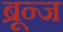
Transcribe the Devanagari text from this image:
ब्रून्ज